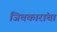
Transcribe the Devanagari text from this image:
जिचकारांचा